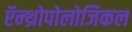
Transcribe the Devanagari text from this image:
ऍन्थ्रोपोलोजिकल